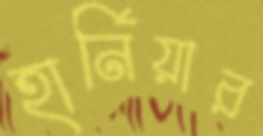
হার্নিয়ার